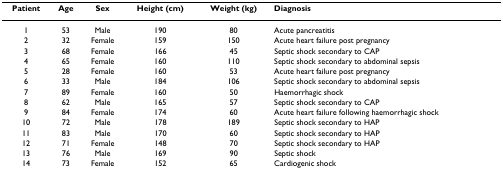
<table><thead><tr><td><b>Patient</b></td><td><b>Age</b></td><td><b>Sex</b></td><td><b>Height (cm)</b></td><td><b>Weight (kg)</b></td><td><b>Diagnosis</b></td></tr></thead><tbody><tr><td>1</td><td>53</td><td>Male</td><td>190</td><td>80</td><td>Acute pancreatitis</td></tr><tr><td>2</td><td>32</td><td>Female</td><td>159</td><td>150</td><td>Acute heart failure post pregnancy</td></tr><tr><td>3</td><td>68</td><td>Female</td><td>166</td><td>45</td><td>Septic shock secondary to CAP</td></tr><tr><td>4</td><td>65</td><td>Female</td><td>160</td><td>110</td><td>Septic shock secondary to abdominal sepsis</td></tr><tr><td>5</td><td>28</td><td>Female</td><td>160</td><td>53</td><td>Acute heart failure post pregnancy</td></tr><tr><td>6</td><td>33</td><td>Male</td><td>184</td><td>106</td><td>Septic shock secondary to abdominal sepsis</td></tr><tr><td>7</td><td>89</td><td>Female</td><td>160</td><td>50</td><td>Haemorrhagic shock</td></tr><tr><td>8</td><td>62</td><td>Male</td><td>165</td><td>57</td><td>Septic shock secondary to CAP</td></tr><tr><td>9</td><td>84</td><td>Female</td><td>174</td><td>60</td><td>Acute heart failure following haemorrhagic shock</td></tr><tr><td>10</td><td>72</td><td>Male</td><td>178</td><td>189</td><td>Septic shock secondary to HAP</td></tr><tr><td>11</td><td>83</td><td>Male</td><td>170</td><td>60</td><td>Septic shock secondary to HAP</td></tr><tr><td>12</td><td>71</td><td>Female</td><td>148</td><td>70</td><td>Septic shock secondary to HAP</td></tr><tr><td>13</td><td>76</td><td>Male</td><td>169</td><td>90</td><td>Septic shock</td></tr><tr><td>14</td><td>73</td><td>Female</td><td>152</td><td>65</td><td>Cardiogenic shock</td></tr></tbody></table>